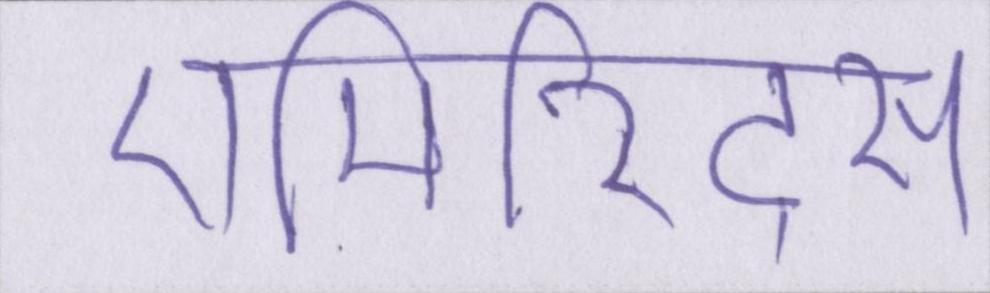
एमिरिट्स